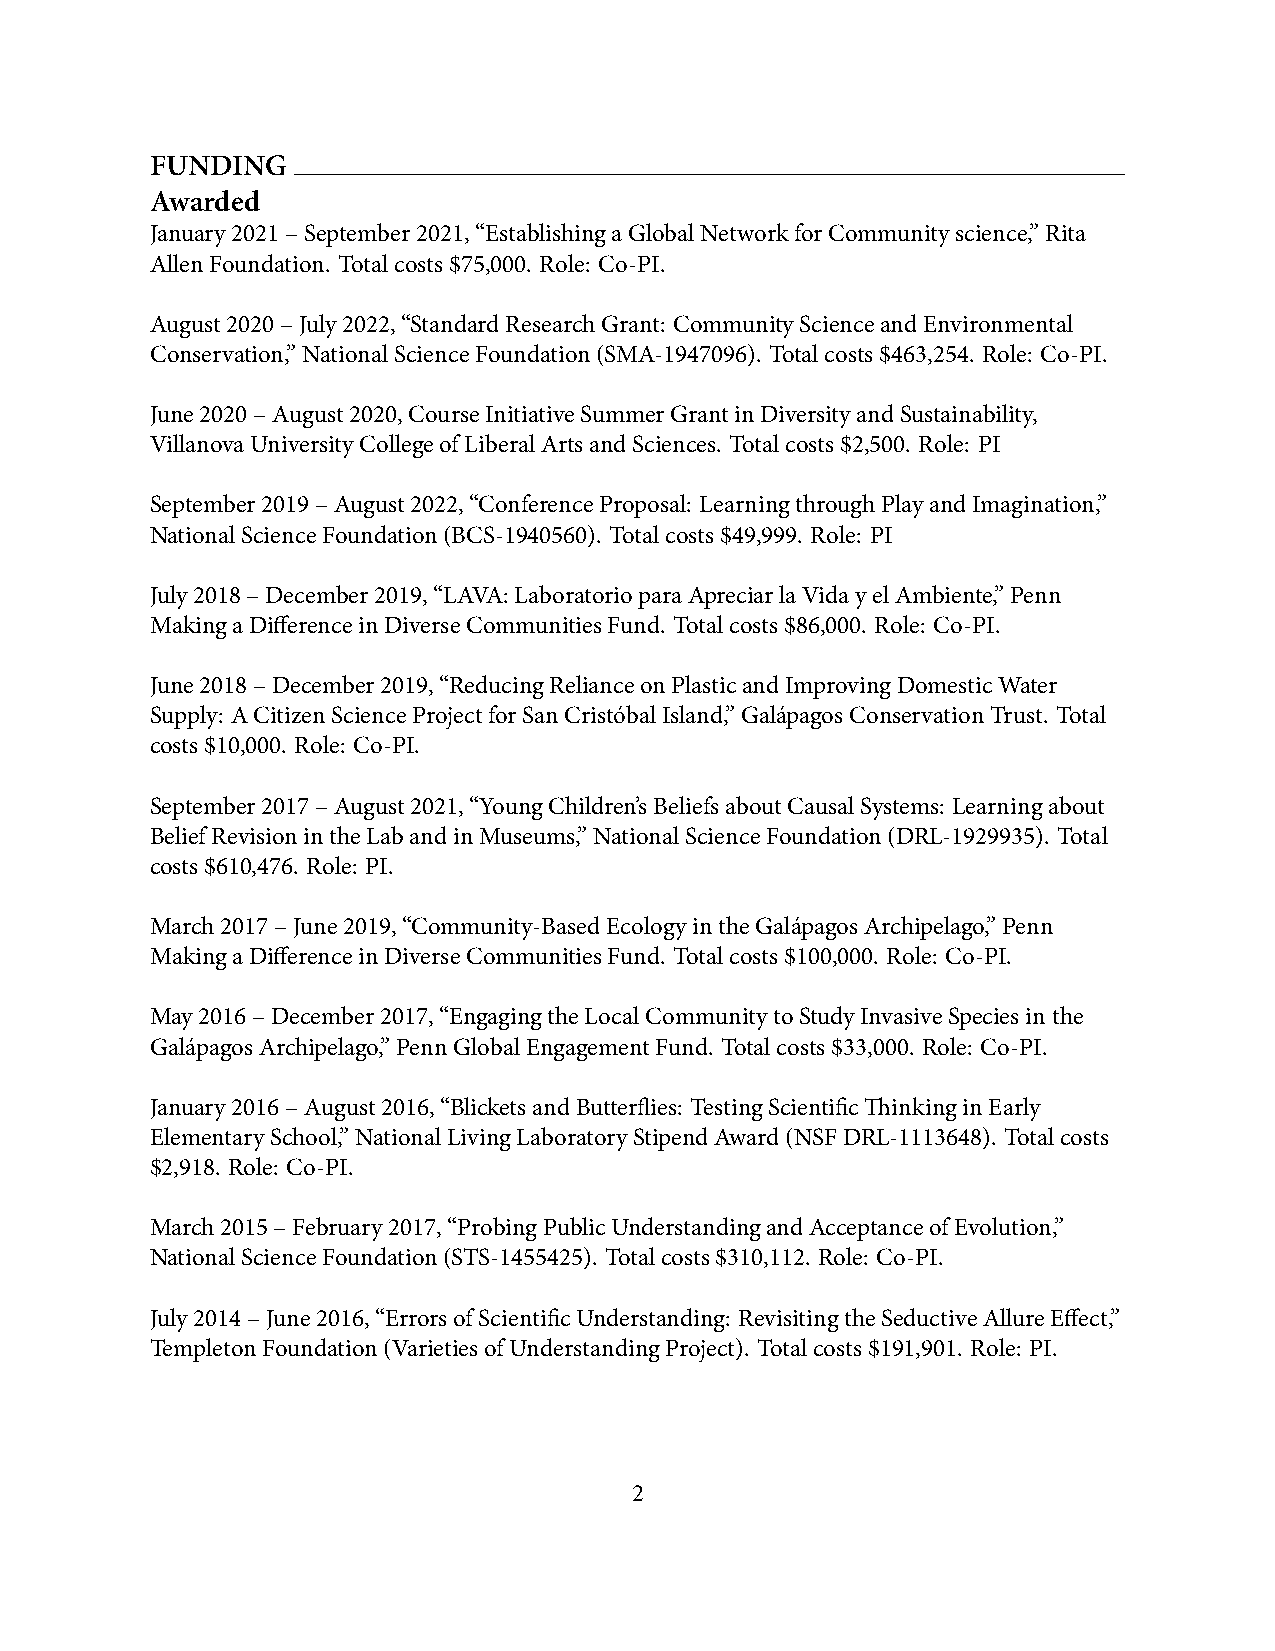
FUNDING
 Awarded
 January2021–September2021,“EstablishingaGlobalNetworkforCommunityscience,”Rita
 AllenFoundation. Totalcosts$75,000. Role: Co-PI.
 August2020–July2022,“StandardResearchGrant: CommunityScienceandEnvironmental
 Conservation,”NationalScienceFoundation(SMA-1947096). Totalcosts$463,254. Role: Co-PI.
 June2020–August2020,CourseInitiativeSummerGrantinDiversityandSustainability,
 VillanovaUniversityCollegeofLiberalArtsandSciences. Totalcosts$2,500. Role: PI
 September2019–August2022,“ConferenceProposal: LearningthroughPlayandImagination,”
 NationalScienceFoundation(BCS-1940560). Totalcosts$49,999. Role: PI
 July2018–December2019,“LAVA:LaboratorioparaApreciarlaVidayelAmbiente,”Penn
 MakingaDifferenceinDiverseCommunitiesFund. Totalcosts$86,000. Role: Co-PI.
 June2018–December2019,“ReducingRelianceonPlasticandImprovingDomesticWater
 Supply: ACitizenScienceProjectforSanCristóbalIsland,”GalápagosConservationTrust. Total
 costs$10,000. Role: Co-PI.
 September2017–August2021,“YoungChildren’sBeliefsaboutCausalSystems: Learningabout
 BeliefRevisionintheLabandinMuseums,”NationalScienceFoundation(DRL-1929935). Total
 costs$610,476. Role: PI.
 March2017–June2019,“Community-BasedEcologyintheGalápagosArchipelago,”Penn
 MakingaDifferenceinDiverseCommunitiesFund. Totalcosts$100,000. Role: Co-PI.
 May2016–December2017,“EngagingtheLocalCommunitytoStudyInvasiveSpeciesinthe
 GalápagosArchipelago,”PennGlobalEngagementFund. Totalcosts$33,000. Role: Co-PI.
 January2016–August2016,“BlicketsandButterflies: TestingScientificThinkinginEarly
 ElementarySchool,”NationalLivingLaboratoryStipendAward(NSFDRL-1113648). Totalcosts
 $2,918. Role: Co-PI.
 March2015–February2017,“ProbingPublicUnderstandingandAcceptanceofEvolution,”
 NationalScienceFoundation(STS-1455425). Totalcosts$310,112. Role: Co-PI.
 July2014–June2016,“ErrorsofScientificUnderstanding: RevisitingtheSeductiveAllureEffect,”
 TempletonFoundation(VarietiesofUnderstandingProject). Totalcosts$191,901. Role: PI.
 2